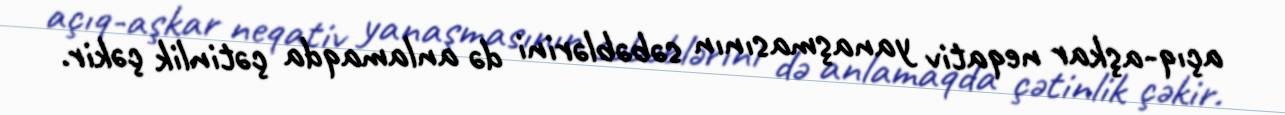
açıq-aşkar neqativ yanaşmasının səbəblərini də anlamaqda çətinlik çəkir.